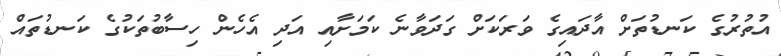
އުތުރުގެ ކަނޑުތަށް އާދައިގެ ވަރަކަށް ގަދަވާނެ ކަމަށާއި އަދި އެހެން ހިސާބުތަކުގެ ކަނޑުތައް